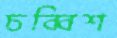
চব্বিশ